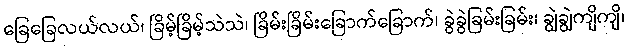
ခြေခြေလယ်လယ်၊ ခြိမ့်ခြိမ့်သဲသဲ၊ ခြိမ်းခြိမ်းခြောက်ခြောက်၊ ခွဲခွဲခြမ်းခြမ်း၊ ချွဲချွဲကျိကျိ၊